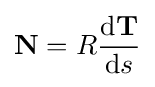
\mathbf {N} =R{\frac {\mathrm {d} \mathbf {T} }{\mathrm {d} s}}